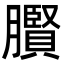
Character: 臔